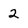
Character: 2